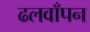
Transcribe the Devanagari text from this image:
ढलवाँपन